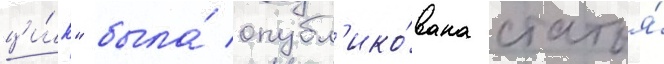
ци́к" была́ опубл'ико́вана статья́